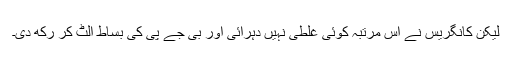
لیکن کانگریس نے اس مرتبہ کوئی غلطی نہیں دہرائی اور بی جے پی کی بساط الٹ کر رکھ دی۔